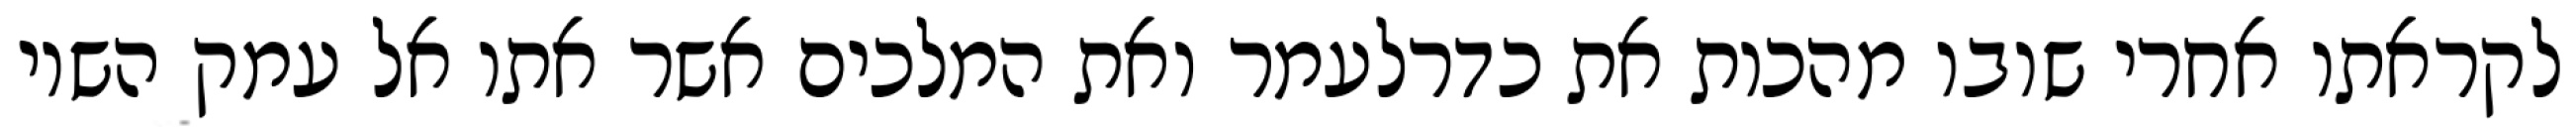
לקראתו אחרי שובו מהכות את כדרלעמר ואת המלכים אשר אתו אל עמק השוי